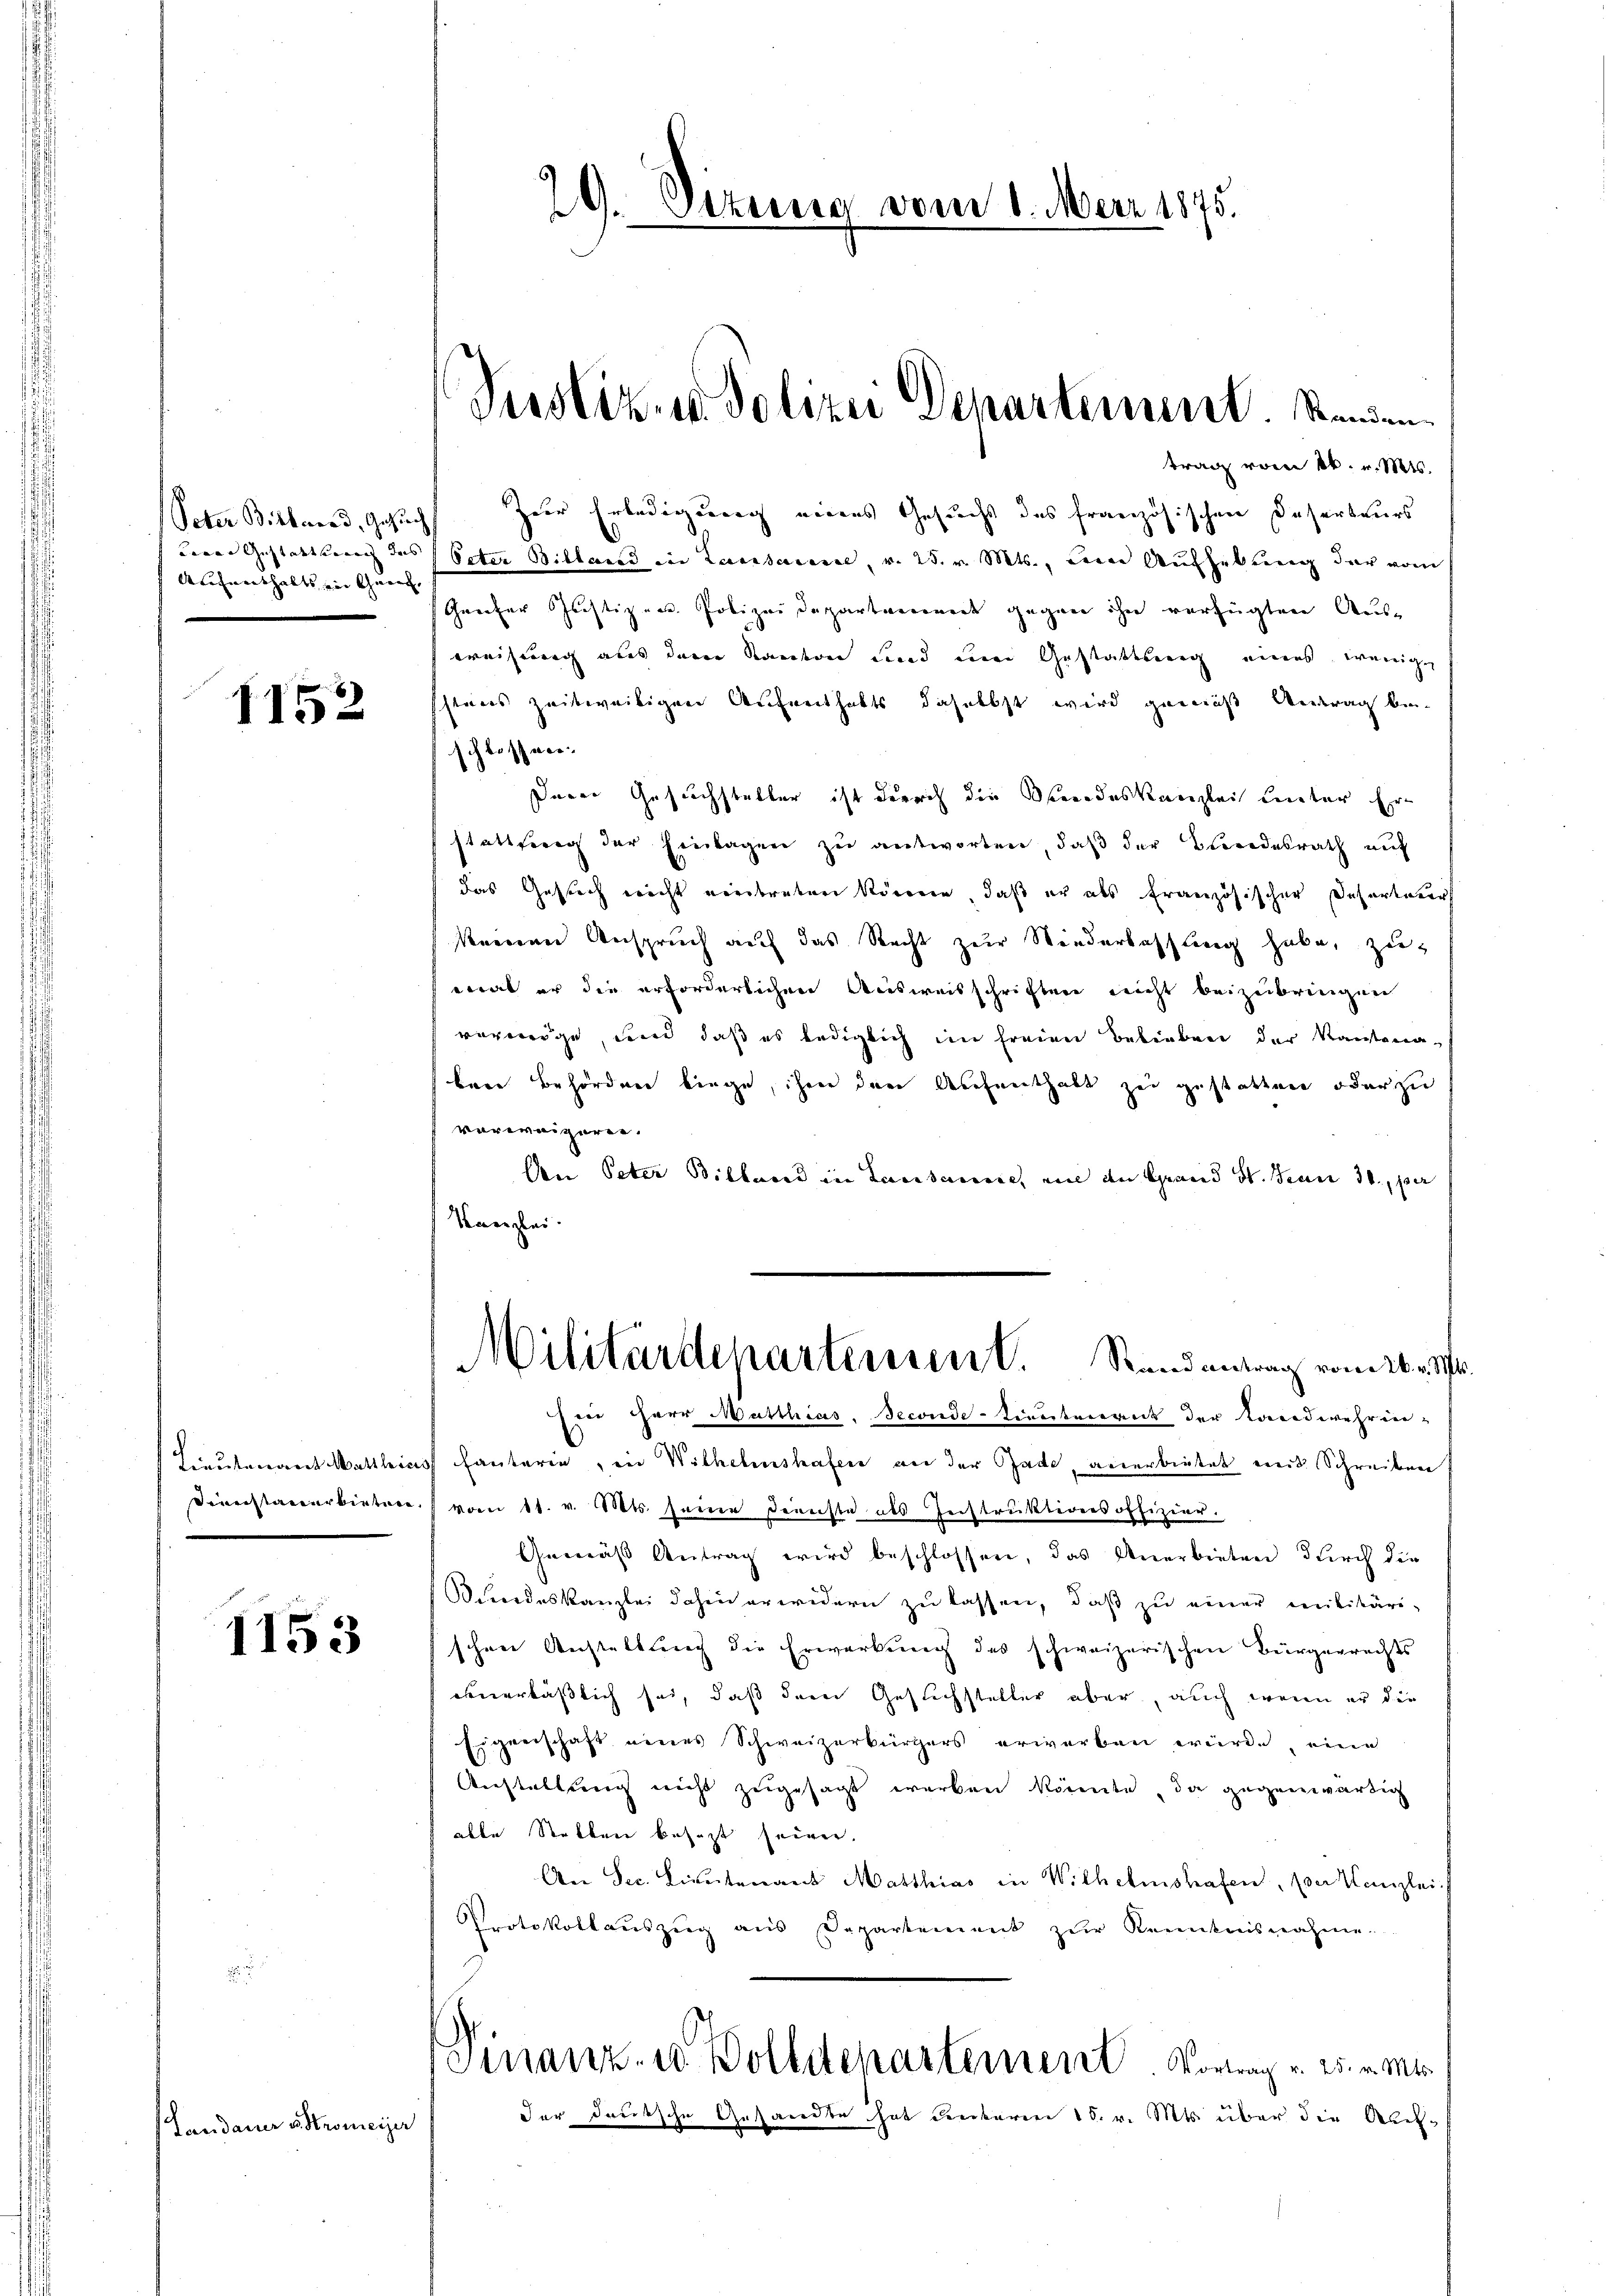
Peter Bitterad, Gesŭch
Aufenthalts ein Geric

1152

sinerstanerbieten.

1153

Landauer astromeiger

trag vom 16. v. Mts.
Zuer Erledigung eines Gesucht des französischen Deserteurs
derer Gestattung des Peter Billand in Lausanne, v. 25. v. Mts., deine Aufhebung der vom
Greifer sichtigen Polizeidepartaminedt gegen ihn verfügten Aus-
weisung aus dem Kanton und eine Gestattung eines wenige
schtens zeitweiligen Aufenthalts daselbst wird gemäß Antrag bei
schlossner.
Deren Gesuchsteller ist durch die Brandeskanzlei unter Erstattferng der Einlagen zŭ antworten, daβ der Bundesrath aŭf
das Gesuch nicht vertreten können, daß er als französischer Desertater
seinen Anspruch auf das Recht zur Wiederlassung habe, zu
eat er die erforderlichen Ausweisschriften nicht beizubringen
vermöge, und daß es lediglich im freien Belieben der Kantona
bene Behördener linge, ihnen den Aeschenthalt zu gestatten oder zu
vorweigern.
An Peter Bilhard in Lausanne, ein an Grand St. Jean 31. per
Kanzlei.
Militärdepartement. Stand antrag vom 26. ds.
Ein Herr Matthias Seconde-Lieutenant der Landwehren¬
Lieutenant Wattleins fauterie, in Wilhelmshafen an der Bade, anerbietet mit Schreiben
vom 11. v. Mts. seine Dienste als Instruktions offizier.
Gemäss Antrag wird beschlossen, das Anerbieten durch die
Blindeskanzlei dahin erwidern zu lassen, daß zu einer militäri-
schen Anstellung die Erwerkung des schweizerischen Bürgerrechts
eunerläßlich sei, daß dem Gesuchsteller aber, auch wenn er die
Eigenschaft eines Schweizerbürgers erwerben würde, eine
Anstaltung nicht zugesagt werden könnte, da gegenwärtig
alle Statten besezt seinen.
An Sec. Lieutenant Matthias in Wilhelmstrafen, der Kanzlei.
Protokollauszug aus Departement zŭr Kenntnisnahme.
Finanz- u Vollstenartement. Vortrag v. 25. v. Mts.
der deutsche Gesandte hat unterm 15. v. Mts. über die Auf¬

20. Sizung vom 1. Mai 1875.

Pustiz- u. Polizei Departement. Standen